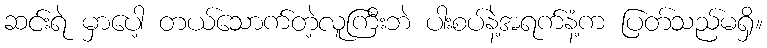
ဆင်းရဲ မှာပေါ့ တယ်သောက်တဲ့လူကြီးဘဲ ပါးစပ်နဲ့အရက်နံ့က ပြတ်သည်မရှိ။